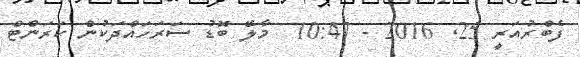
ފެބްރުއަރީ 25